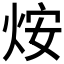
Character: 𤇼